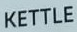
KETTLE